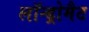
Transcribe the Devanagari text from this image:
लॉन्ड्रोमैट